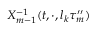
X _ { m - 1 } ^ { - 1 } ( t , \cdot , l _ { k } \tau _ { m } ^ { \prime \prime } )